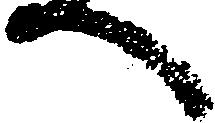
へ